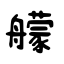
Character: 艨